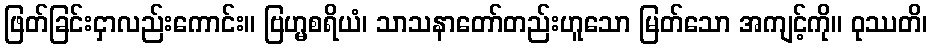
ဖြတ်ခြင်းငှာလည်းကောင်း။ ဗြဟ္မစရိယံ၊ သာသနာတော်တည်းဟူသော မြတ်သော အကျင့်ကို။ ဝုဿတိ၊